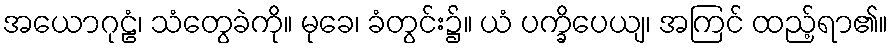
အယောဂုဠံ၊ သံတွေခဲကို။ မုခေ၊ ခံတွင်း၌။ ယံ ပက္ခိပေယျ၊ အကြင် ထည့်ရာ၏။